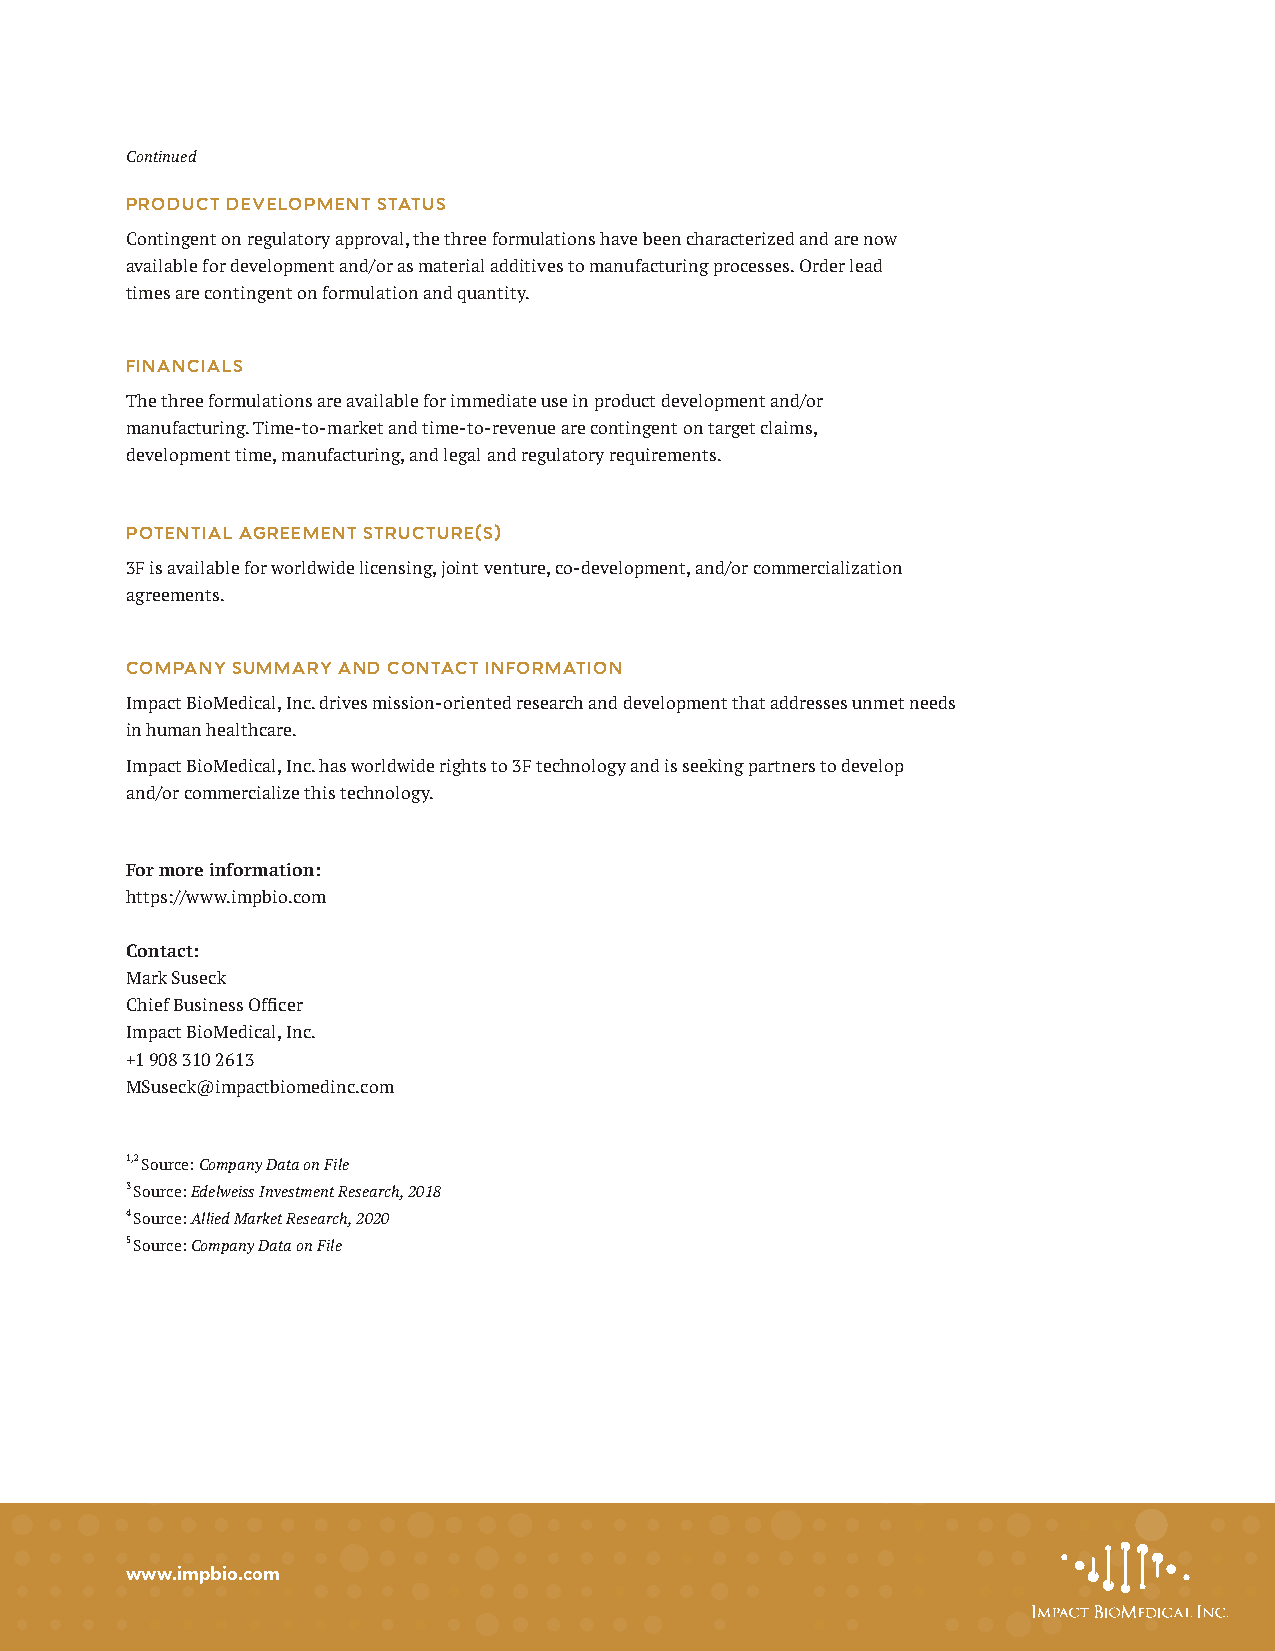
Continued
 PRODUCT DEVELOPMENT STATUS
 Contingent on regulatory approval, the three formulations have been characterized and are now
 available for development and/or as material additives to manufacturing processes. Order lead
 times are contingent on formulation and quantity.
 FINANCIALS
 The three formulations are available for immediate use in product development and/or
 manufacturing. Time-to-market and time-to-revenue are contingent on target claims,
 development time, manufacturing, and legal and regulatory requirements.
 POTENTIAL AGREEMENT STRUCTURE(S)
 3F is available for worldwide licensing, joint venture, co-development, and/or commercialization
 agreements.
 COMPANY SUMMARY AND CONTACT INFORMATION
 Impact BioMedical, Inc. drives mission-oriented research and development that addresses unmet needs
 in human healthcare.
 Impact BioMedical, Inc. has worldwide rights to 3F technology and is seeking partners to develop
 and/or commercialize this technology.
 For more information:
 https://www.impbio.com
 Contact:
 Mark Suseck
 Chief Business Officer
 Impact BioMedical, Inc.
 +1 908 310 2613
 MSuseck@impactbiomedinc.com
 1,2 Source: Company Data on File
 3 Source: Edelweiss Investment Research, 2018
 4 Source: Allied Market Research, 2020
 5 Source: Company Data on File
 www.impbio.com